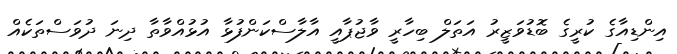
އިންޑިއާގެ ކުރީގެ ބޮޑުވަޒީރު އަތަލް ބިހާރީ ވާޖުޕާއީ އާލާސްކަންފުޅާ އުޅުއްވާތާ ދިނަ ދުވަސްތަކެއް